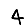
Digit: 4